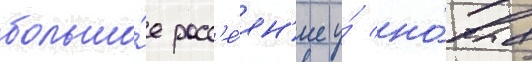
большо́е расс'е́ян'ие у́ но́вых